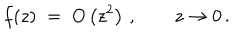
f ( z ) \; = \; O \left( z ^ { 2 } \right) \, , \qquad z \to 0 \, .